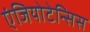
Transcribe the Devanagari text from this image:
एंजियोटेन्सिस